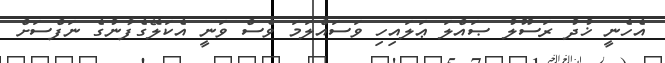
އެހެނީ ޚުދު ރަސޫލު ޞައްލަ ޢަލައިހި ވަސައްލަމަ ވެސް ވަނީ އެކަލޭގެފާނުގެ ނަފްސަށް